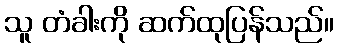
သူ တံခါးကို ဆက်ထုပြန်သည်။